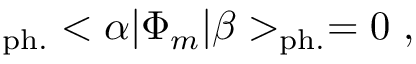
_ { \mathrm { p h . } } < \alpha | \Phi _ { m } | \beta > _ { \mathrm { p h . } } = 0 ~ ,